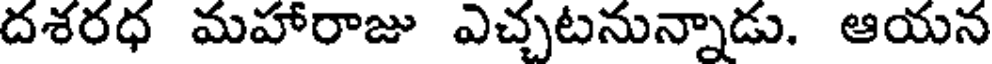
దశరధ మహారాజు ఎచ్చటనున్నాడు. ఆయన